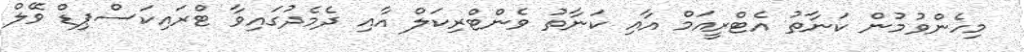
މިހެންވުމުން ކަނާތު އެޓްރީއަމް އާއި ކަނާތު ވެންޓްރިކަލް އާއި ދެމެދުގައިވާ ޓްރައިކަސްޕިޑް ވޭލް